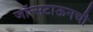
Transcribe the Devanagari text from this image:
जॉन्सटाऊनची